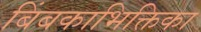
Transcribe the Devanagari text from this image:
बिंबकाभिक्तिका